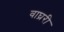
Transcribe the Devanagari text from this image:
वाघ्ररी